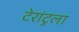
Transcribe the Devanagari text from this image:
टेरांटुला